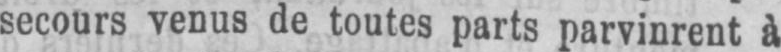
secours venus de toutes parts parvinrent à